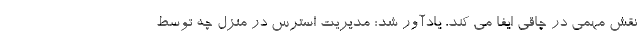
نقش مهمی در چاقی ایفا می کند، یادآور شد: مدیریت استرس در منزل چه توسط